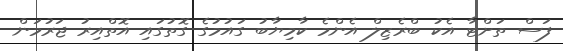
ފަސް ތަށްޓާ އެކު ބްރެޒިލް އެންމެ ކާމިޔާބު ގައުމުގެ ގޮތުގައި އޮތްއިރު ޖަރުމަން